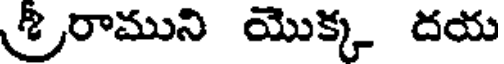
రాముని యొక్క దయ